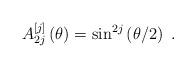
LaTeX: \begin{align*}A_{2j}^{\left[ j\right] }\left( \theta\right) =\sin^{2j}\left(\theta/2\right) \ .\end{align*}